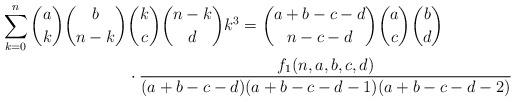
LaTeX: \begin{align*} \sum_{k=0}^n \binom{a}{k}\binom{b}{n-k} & \binom{k}{c}\binom{n-k}{d} k^3 = \binom{a+b-c-d}{n-c-d}\binom{a}{c}\binom{b}{d} \\ & \cdot \frac{f_1(n,a,b,c,d)}{(a+b-c-d)(a+b-c-d-1)(a+b-c-d-2)} \\\end{align*}